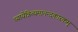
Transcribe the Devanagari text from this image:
ध्यायेन्नित्यमानन्दकारकम्